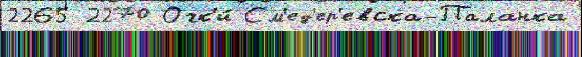
2265 2270 Очк'и́ См'ед'ер'евска-Паланка